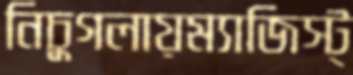
নিচুগলায়ম্যাজিস্ট্